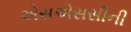
એસએસસીની